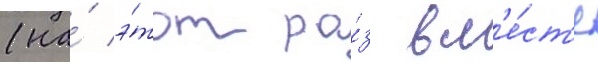
(на́ э́тот ра́з вм'е́ст'е